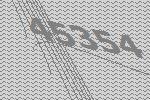
45354